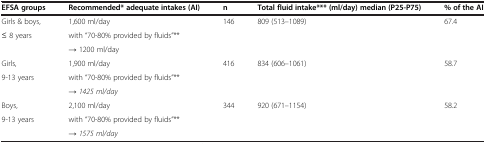
<table><thead><tr><td><b>EFSA groups</b></td><td><b>Recommended* adequate intakes (AI)</b></td><td><b>n</b></td><td><b>Total fluid intake*** (ml/day) median (P25-P75)</b></td><td><b>% of the AI</b></td></tr></thead><tbody><tr><td>Girls &amp; boys,</td><td>1,600 ml/day</td><td rowspan="3">146</td><td rowspan="3">809 (513–1089)</td><td rowspan="3">67.4</td></tr><tr><td rowspan="2">≤ 8 years</td><td>with “70-80% provided by fluids”**</td></tr><tr><td>→ 1200 ml/day</td></tr><tr><td>Girls,</td><td>1,900 ml/day</td><td rowspan="3">416</td><td rowspan="3">834 (606–1061)</td><td rowspan="3">58.7</td></tr><tr><td rowspan="2">9-13 years</td><td>with “70-80% provided by fluids”**</td></tr><tr><td>→ <i>1425 ml/day</i></td></tr><tr><td>Boys,</td><td>2,100 ml/day</td><td rowspan="3">344</td><td rowspan="3">920 (671–1154)</td><td rowspan="3">58.2</td></tr><tr><td rowspan="2">9-13 years</td><td>with “70-80% provided by fluids”**</td></tr><tr><td>→ <i>1575 ml/day</i></td></tr></tbody></table>